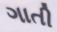
ગાતી